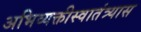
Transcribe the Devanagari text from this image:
अभिव्यक्तीस्वातंत्र्यास